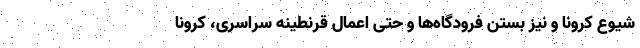
شیوع کرونا و نیز بستن فرودگاه‌ها و حتی اعمال قرنطینه سراسری، کرونا